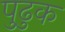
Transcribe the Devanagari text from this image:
पुढुक